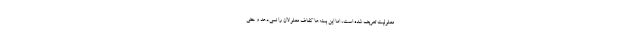
معلولیت تعریف شده است، اما این بسته‌ها کفاف معلولان را نمی‌دهد و حتی